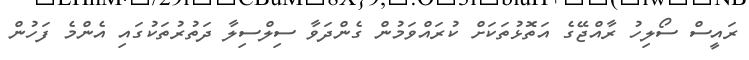
ރައީސް ސޯލިހު ރާއްޖޭގެ އަތޮޅުތަކަށް ކުރައްވަމުން ގެންދަވާ ސިލްސިލާ ދަތުރުތަކުގައި އެންމެ ފަހުން